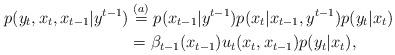
LaTeX: \begin{align*}p(y_t,x_{t},x_{t-1}|y^{t-1})&\stackrel{(a)}=p(x_{t-1}|y^{t-1})p(x_{t}|x_{t-1},y^{t-1})p(y_{t}|x_{t})\\&=\beta_{t-1}(x_{t-1})u_t(x_t,x_{t-1})p(y_{t}|x_{t}),\end{align*}